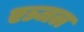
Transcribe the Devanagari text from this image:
एञ्जल